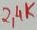
Text: 2,4K